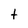
Character: t